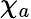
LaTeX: \chi_{a}